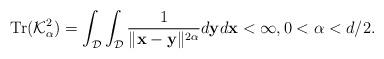
LaTeX: \begin{align*}\mathrm{Tr}(\mathcal{K}_{\alpha }^{2})=\int_{\mathcal{D}}\int_{\mathcal{D}}\frac{1}{\|\mathbf{x}-\mathbf{y}\|^{2\alpha}}d\mathbf{y}d\mathbf{x}< \infty,0<\alpha <d/2.\end{align*}